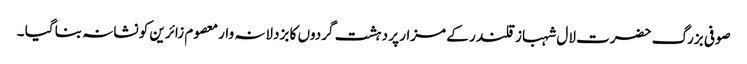
صوفی بزرگ حضرت لال شہباز قلندر کے مزار پر دہشت گردوں کا بزدلانہ وارمعصوم زائرین کو نشانہ بنا گیا ۔